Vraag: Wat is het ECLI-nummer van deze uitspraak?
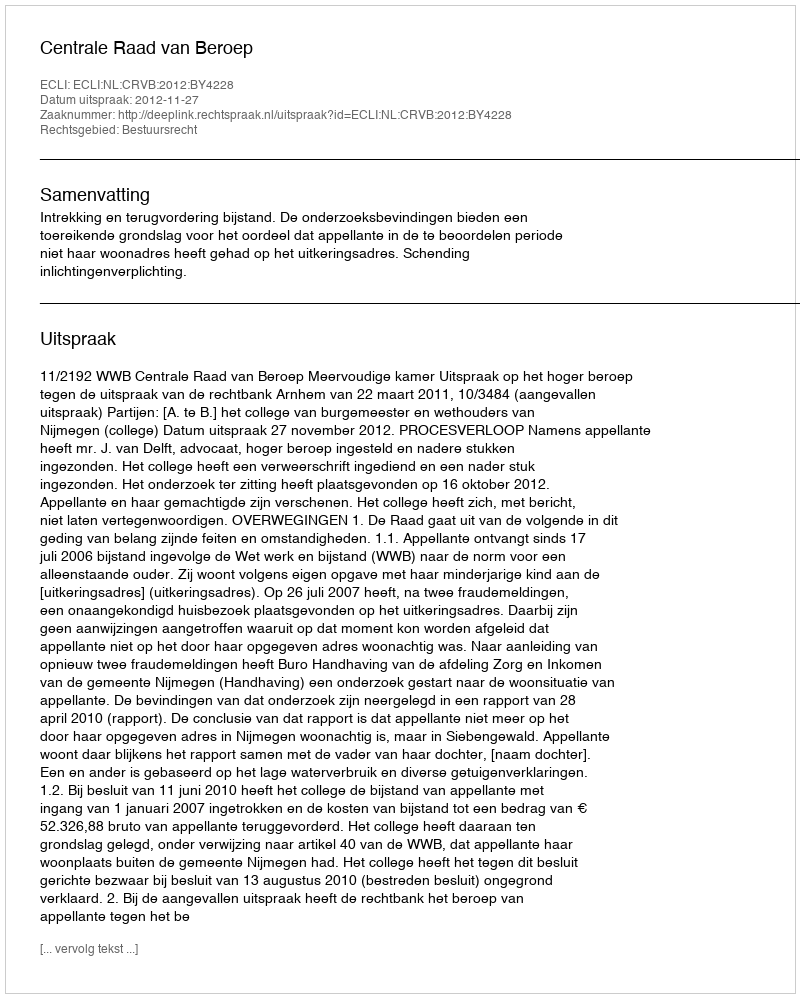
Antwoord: ECLI:NL:CRVB:2012:BY4228